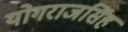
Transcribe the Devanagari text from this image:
योगराजसिंह